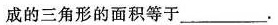
成的三角形的面积等于___.